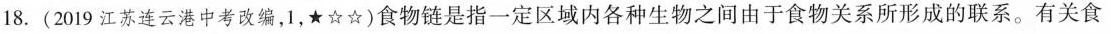
18.(2019江苏连云港中考改编，1，★☆☆)食物链是指一定区域内各种生物之间由于食物关系所形成的联系。有关食